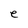
Character: e